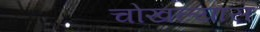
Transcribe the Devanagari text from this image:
चोखल्यास